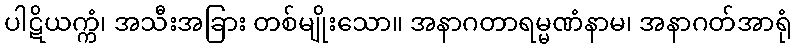
ပါဋိယက္ကံ၊ အသီးအခြား တစ်မျိုးသော။ အနာဂတာရမ္မဏံနာမ၊ အနာဂတ်အာရုံ